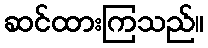
ဆင်ထားကြသည်။